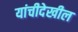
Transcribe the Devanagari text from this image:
यांचीदेखील